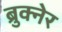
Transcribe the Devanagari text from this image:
ब्रुक्नेर